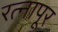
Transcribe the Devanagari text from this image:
रत्‍नापूर